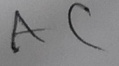
Text: AC